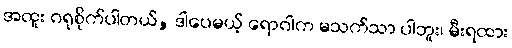
အထူး ဂရုစိုက်ပါတယ်, ဒါပေမယ့် ရောဂါက မသက်သာ ပါဘူး၊ မီးရထား